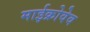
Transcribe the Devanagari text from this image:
माईक्रोवेव